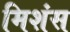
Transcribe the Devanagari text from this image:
मिशंस